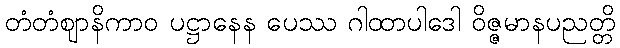
တံတံဈာနိကာဝ ပဋ္ဌာနေန ပေဿ ဂါထာပါဒေါ ဝိဇ္ဇမာနပညတ္တိ